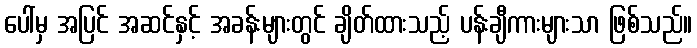
ပေါ်မှ အပြင် အဆင်နှင့် အခန်းများတွင် ချိတ်ထားသည့် ပန်းချီကားများသာ ဖြစ်သည်။